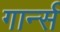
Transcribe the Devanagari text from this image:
गार्न्स